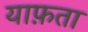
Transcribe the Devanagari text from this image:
याफ़ता